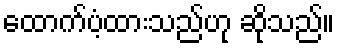
ထောက်ပံ့ထားသည်ဟု ဆိုသည်။